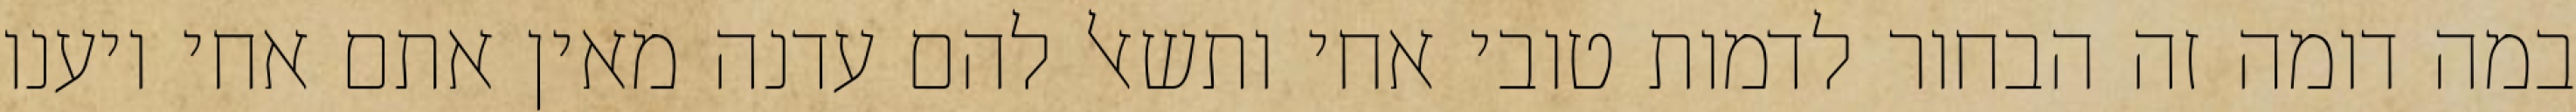
במה דומה זה הבחור לדמות טובי אחי ותשאל להם עדנה מאין אתם אחי ויענו